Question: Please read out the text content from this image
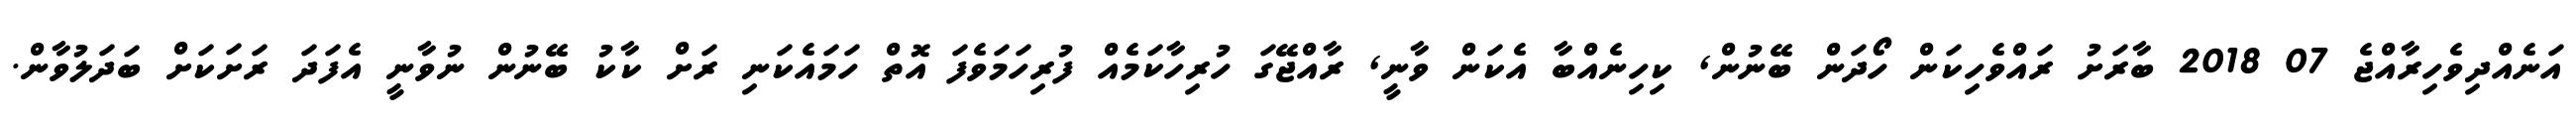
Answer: އަނެއްދިވެހިރާއްޖެ 07 2018 ބާރަށު ރައްވެހިކަން ހޯދަން ބޭނުން, ކިހިނެއްބާ އެކަން ވާނީ, ރާއްޖޭގަ ހުރިހާކަމެއް ފުރިހަމަވެފަ އޮތް ހަމައެކަނި ރަށް ކާކު ބޭނުން ނުވާނީ އެފަދަ ރަށަކަށް ބަދަލުވާން.